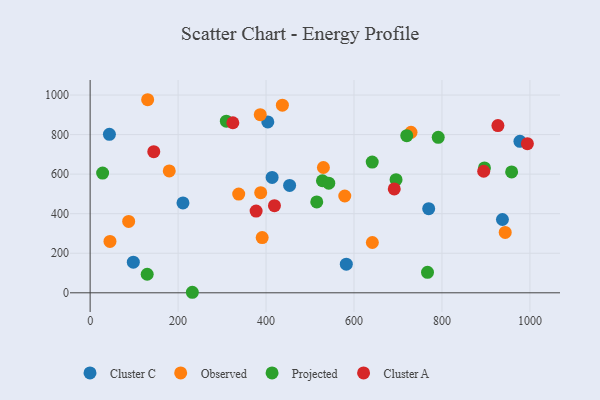
{"axis": {"x": "Investment", "y": "Profit"}, "legend": ["Cluster A", "Cluster C", "Observed", "Projected"], "data": [{"x": "404.0", "y": 864.0, "type": "Cluster C"}, {"x": "98.2", "y": 154.9, "type": "Cluster C"}, {"x": "43.8", "y": 801.1, "type": "Cluster C"}, {"x": "453.6", "y": 543.1, "type": "Cluster C"}, {"x": "413.8", "y": 583.6, "type": "Cluster C"}, {"x": "582.5", "y": 144.9, "type": "Cluster C"}, {"x": "769.8", "y": 425.4, "type": "Cluster C"}, {"x": "977.3", "y": 765.9, "type": "Cluster C"}, {"x": "937.5", "y": 370.6, "type": "Cluster C"}, {"x": "211.1", "y": 454.3, "type": "Cluster C"}, {"x": "729.6", "y": 811.5, "type": "Observed"}, {"x": "386.8", "y": 900.7, "type": "Observed"}, {"x": "641.7", "y": 254.4, "type": "Observed"}, {"x": "530.4", "y": 633.7, "type": "Observed"}, {"x": "130.8", "y": 976.3, "type": "Observed"}, {"x": "45.1", "y": 259.7, "type": "Observed"}, {"x": "337.8", "y": 499.1, "type": "Observed"}, {"x": "179.9", "y": 616.2, "type": "Observed"}, {"x": "391.2", "y": 279.2, "type": "Observed"}, {"x": "437.1", "y": 948.8, "type": "Observed"}, {"x": "87.6", "y": 360.8, "type": "Observed"}, {"x": "943.8", "y": 305.4, "type": "Observed"}, {"x": "579.0", "y": 489.5, "type": "Observed"}, {"x": "387.8", "y": 506.4, "type": "Observed"}, {"x": "791.5", "y": 786.4, "type": "Projected"}, {"x": "896.6", "y": 631.4, "type": "Projected"}, {"x": "695.6", "y": 572.0, "type": "Projected"}, {"x": "767.1", "y": 103.5, "type": "Projected"}, {"x": "28.4", "y": 605.6, "type": "Projected"}, {"x": "232.4", "y": 2.7, "type": "Projected"}, {"x": "641.4", "y": 661.1, "type": "Projected"}, {"x": "129.7", "y": 93.8, "type": "Projected"}, {"x": "719.9", "y": 794.5, "type": "Projected"}, {"x": "528.2", "y": 566.5, "type": "Projected"}, {"x": "309.7", "y": 868.0, "type": "Projected"}, {"x": "542.6", "y": 554.3, "type": "Projected"}, {"x": "958.4", "y": 611.4, "type": "Projected"}, {"x": "515.3", "y": 459.7, "type": "Projected"}, {"x": "927.2", "y": 845.8, "type": "Cluster A"}, {"x": "144.7", "y": 713.5, "type": "Cluster A"}, {"x": "324.5", "y": 859.8, "type": "Cluster A"}, {"x": "894.9", "y": 614.7, "type": "Cluster A"}, {"x": "691.5", "y": 525.3, "type": "Cluster A"}, {"x": "377.4", "y": 413.4, "type": "Cluster A"}, {"x": "419.1", "y": 440.7, "type": "Cluster A"}, {"x": "994.2", "y": 754.2, "type": "Cluster A"}]}